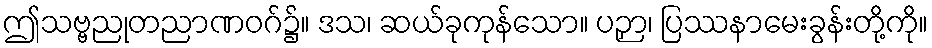
ဤသဗ္ဗညုတညာဏဝဂ်၌။ ဒသ၊ ဆယ်ခုကုန်သော။ ပဉှာ၊ ပြဿနာမေးခွန်းတို့ကို။